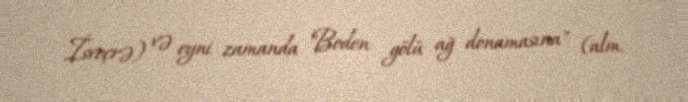
İsveçrə) və eyni zamanda "Boden gölü ağ donamasına" (alm.